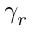
\gamma _ { r }